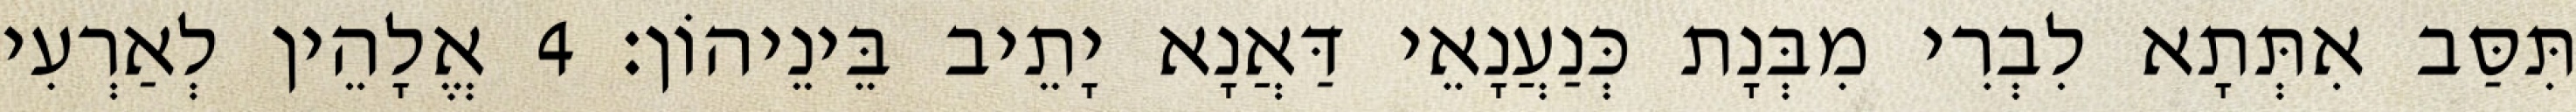
תִּסַּב אִתְּתָא לִבְרִי מִבְּנָת כְּנַעֲנָאֵי דַּאֲנָא יָתֵיב בֵּינֵיהוֹן׃ 4 אֱלָהֵין לְאַרְעִי